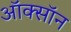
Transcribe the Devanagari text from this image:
ऑक्सॉन